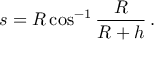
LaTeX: s = R \cos ^ { - 1 } { \frac { R } { R + h } } \, .